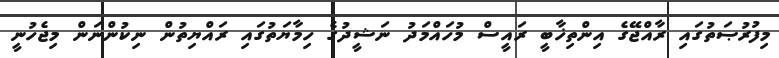
މިފުރުޞަތުގައި ރާއްޖޭގެ އިންތިޚާބީ ރައީސް މުހައްމަދު ނަޝީދުގެ ހިމާޔަތުގައި ރައްޔިތުން ނިކުންނަން މިޖެހުނީ